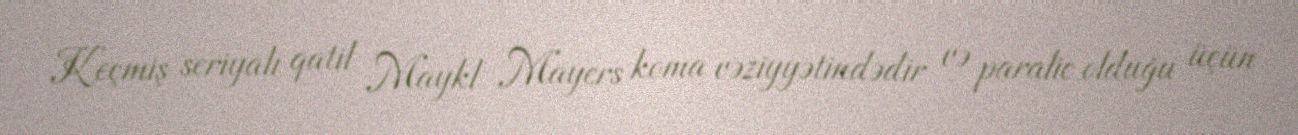
Keçmiş seriyalı qatil Maykl Mayers koma vəziyyətindədir və paralic olduğu üçün